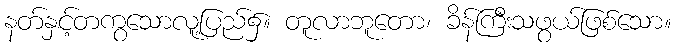
နတ်နှင့်တကွသောလူ့ပြည်၌။ တူလာဘူတော၊ ခိန်ကြီးသဖွယ်ဖြစ်သော။